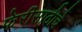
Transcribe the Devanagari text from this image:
फेरीसाठीचे